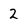
Character: 2